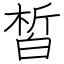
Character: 皙